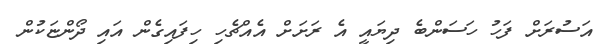
އަސުރަށް ފަހު ހަސަންބެ ދިޔައީ އެ ރަށަށް އެއްޗެހި ހިފައިގެން އައި ދޯންޏަކުން